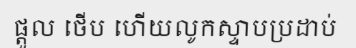
ផ្តួល ថើប ហើយលូកស្ទាបប្រដាប់